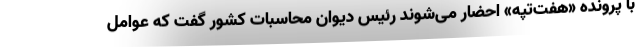
با پرونده «هفت‌تپه» احضار می‌شوند رئیس دیوان محاسبات کشور گفت که عوامل